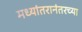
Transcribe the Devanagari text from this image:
मध्यांतरानंतरच्या